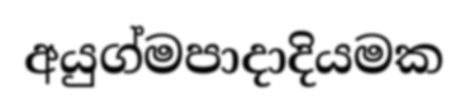
අයුග්මපාදාදියමක